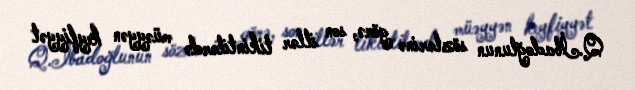
Q.İbadoğlunun sözlərinə görə, son illər tikintilərdə müəyyən keyfiyyət